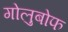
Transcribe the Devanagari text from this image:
गोलुबोफ